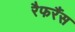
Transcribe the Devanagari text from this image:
रैफरैंस